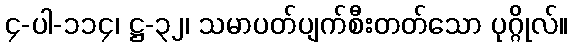
၄-ပါ-၁၁၄၊ ဋ္ဌ-၃၂၊ သမာပတ်ပျက်စီးတတ်သော ပုဂ္ဂိုလ်။